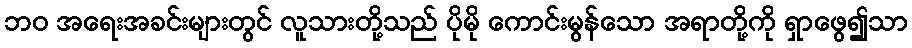
ဘဝ အရေးအခင်းများတွင် လူသားတို့သည် ပိုမို ကောင်းမွန်သော အရာတို့ကို ရှာဖွေ၍သာ